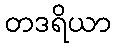
တဒရိယာ